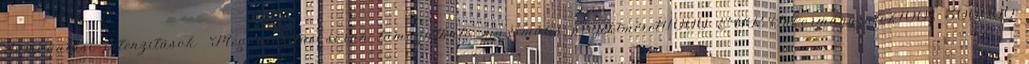
Támogatási intenzitások ▪Megvalósítás során támogatható maximális projektméret11000 EUR▪Önkormányzatok100% 300000